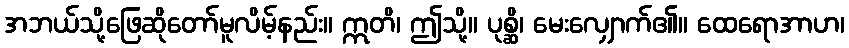
အဘယ်သို့ဖြေဆိုတော်မူလိမ့်နည်း။ ဣတိ၊ ဤသို့။ ပုစ္ဆိ၊ မေးလျှောက်၏။ ထေရောအာဟ၊